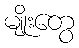
မျိုးတွေ